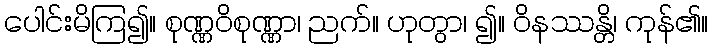
ပေါင်းမိကြ၍။ စုဏ္ဏဝိစုဏ္ဏာ၊ ညက်။ ဟုတွာ၊ ၍။ ဝိနဿန္တိ၊ ကုန်၏။